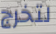
لتخرج